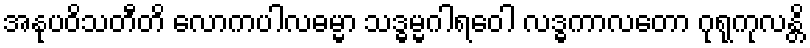
အနုပဝိသတီတိ လောကပါလဓမ္မာ သဒ္ဓမ္မဂါရဝေါ လဒ္ဓကာလတော ဂုရုကုလန္တိ